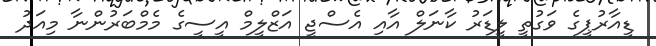
ޑީއާރުޕީގެ ވަގުތީ ލީޑަރު ކާނަލް އާއި އެސްޖީ އަޒްލީމް އީސީގެ މެމްބަރުންނާ މިއަދު